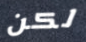
لكن